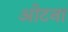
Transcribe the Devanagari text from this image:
ओटना